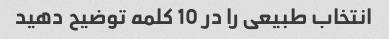
انتخاب طبیعی را در 10 کلمه توضیح دهید